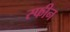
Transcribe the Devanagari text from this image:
स्फीन